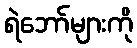
ရဲဘော်များကို